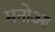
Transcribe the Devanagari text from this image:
मनोआ